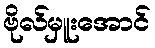
ဗိုလ်မှူးအောင်